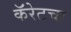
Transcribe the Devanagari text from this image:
कॅरेटचा